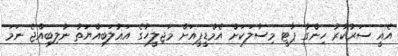
އެއީ ސަރުކާރު ހިންގާ ޕާޓީ މިސާލަކަށް އެމްޑީޕީއަށް މަޖިލީހުގެ އަޣުލަބިއްޔަތު ނުލިބިއްޖެ ނަމަ